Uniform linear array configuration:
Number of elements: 16
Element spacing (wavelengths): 0.25
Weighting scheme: cosine
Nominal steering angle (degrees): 60
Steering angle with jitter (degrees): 60.621
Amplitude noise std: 0.05
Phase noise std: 0.05

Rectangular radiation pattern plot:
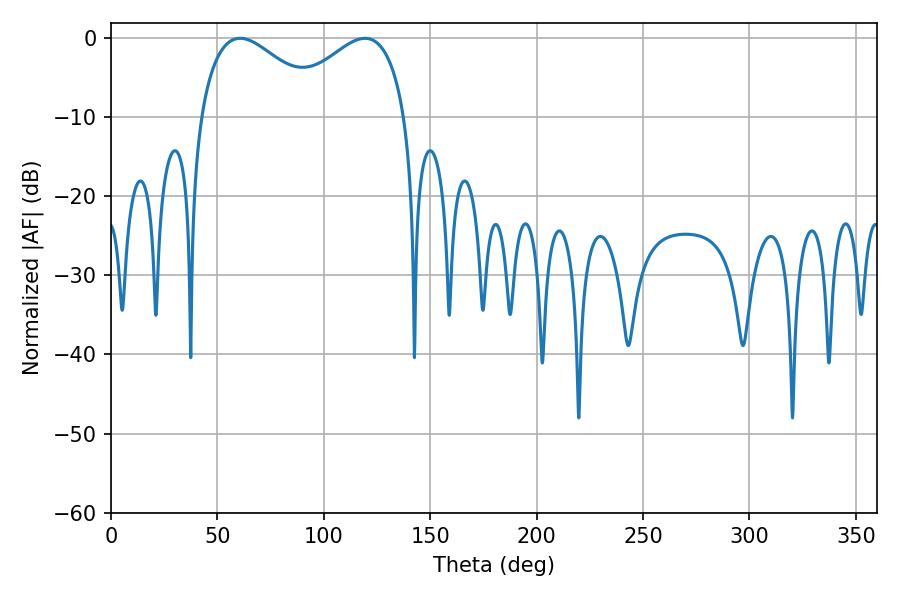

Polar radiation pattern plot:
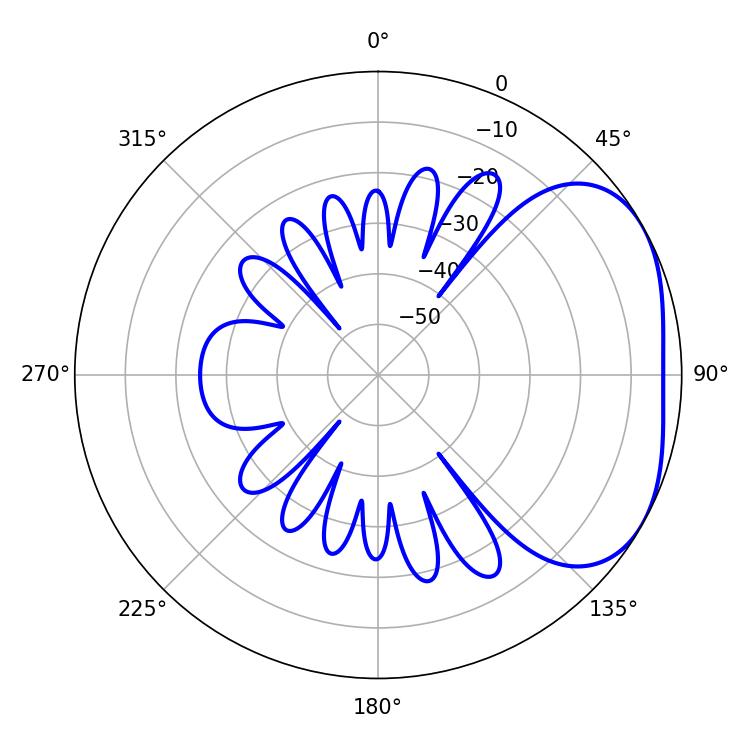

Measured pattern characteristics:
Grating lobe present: FALSE
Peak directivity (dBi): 3.101
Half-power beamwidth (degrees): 32.22
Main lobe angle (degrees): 60.66